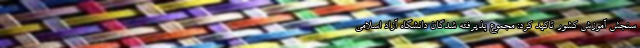
سنجش آموزش کشور تاکید کرد: مجموع پذیرفته شدگان دانشگاه آزاد اسلامی